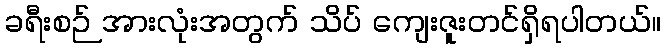
ခရီးစဉ် အားလုံးအတွက် သိပ် ကျေးဇူးတင်ရှိရပါတယ်။